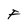
Character: F